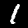
Label: 1